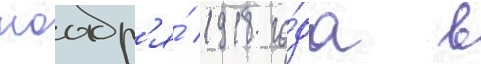
ноабр'я́ 1918 го́да в